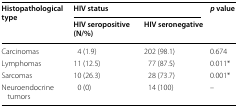
| <ROWSPAN=2> Histopathological type | <COLSPAN=2> HIV status | <ROWSPAN=2> p value |
 | HIV seropositive (N/%) | HIV seronegative |
 | --- | --- | --- | --- |
 | Carcinomas | 4 (1.9) | 202 (98.1) | 0.674 |
 | Lymphomas | 11 (12.5) | 77 (87.5) | 0.011* |
 | Sarcomas | 10 (26.3) | 28 (73.7) | 0.001* |
 | Neuroendocrine tumors | 0 (0) | 14 (100) | – |